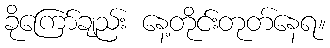
ခိုကြော်ချည်း နေ့တိုင်းတုတ်နေရ။